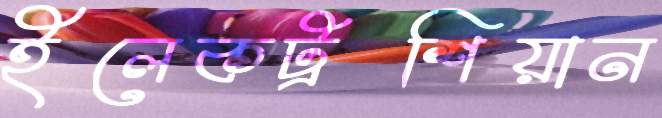
ইলেকট্রশিয়ান